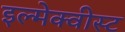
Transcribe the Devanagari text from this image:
इल्मेक्वीस्ट